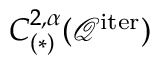
C _ { ( \ast ) } ^ { 2 , \alpha } ( \mathcal { Q } ^ { \mathrm { i t e r } } )